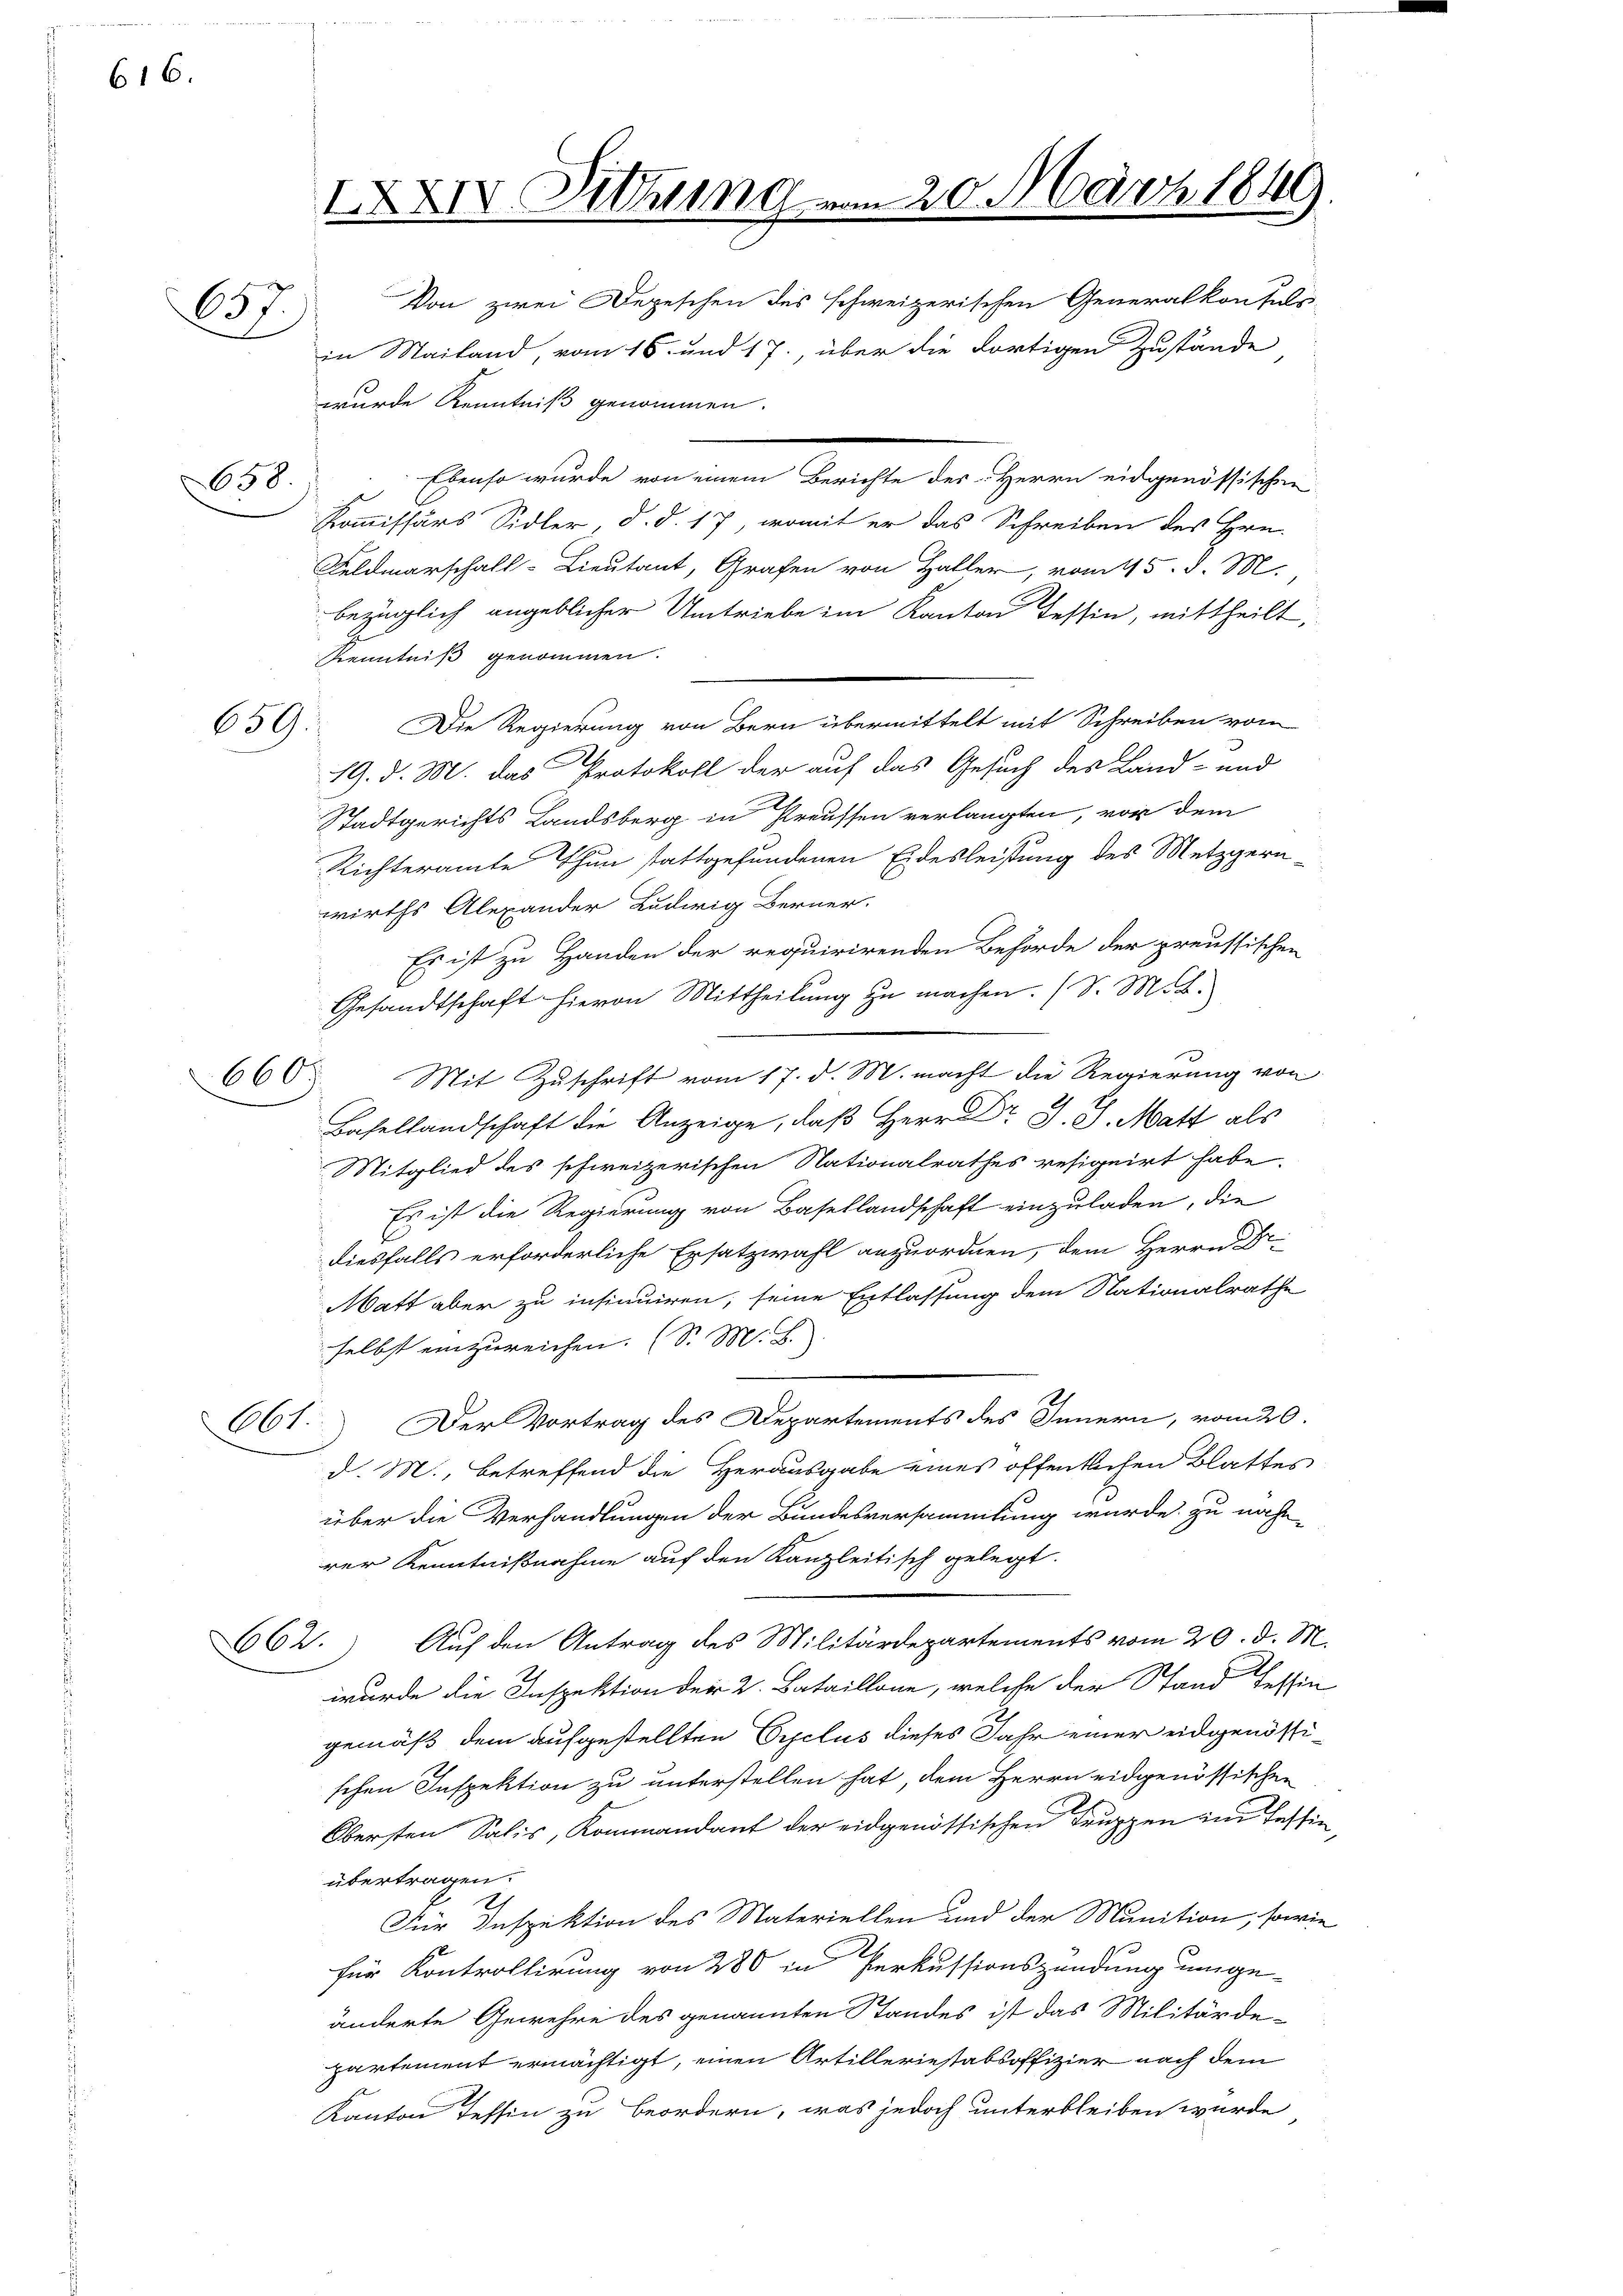
616.

657.

658.

659.

660.

IXXIV Dittung vom 20. März 1849.
Von zwei Depeschen des schweizerischen Generalkonfels-

in Mailand, vom 16. und 17., über die dortigen Zustände
wurde Kenntniß genommen.
Ebenso wurde von einem Berichte des Herrn eidgenössischen
Kommissärs Sidler, d. d. 17, womit er das Schreiben des Hrn.
Feldmarschall-Lieutant, Grafen von Haller, vom 15. d. M.,
bezüglich angeblicher Umtriebe im Kanton Tessin, mittheilt,
Kenntniß genommen.
Die Regierung von Bern übermittelt mit Schreiben vom
19. d. M. das Protokoll der auf das Gesuch des Land- und
Stadtgerichts Landsberg in Preussen verlangten, von dem
Richteramte Thun stattgefundenen Eidesleistung des Metzgern-
wirths Alexander Luderig Berner.
Es ist zu Handen der requirirenden Behörde der preussischen
Gesandtschaft hievon Mittheilŭng zu machen. (S. M. B.
Mit Zuschrift vom 17. d. M. macht die Regierung von
Basellandschaft die Anzeige, daß Herr Dr J. J. Matt als
Mitglied des schweizerischen Nationalrathes resignirt habe.
Es ist die Regierung von Basellandschaft einzuladen, die
diesfalls erforderliche Ersatzwahl anzuordnen, dem Herrn Dr.
Matt aber zu insinuiren, seine Entlassung dem Nationalrathe
selbst einzureichen. (S. M. B.
Der Vortrag des Departements des Innern, vom 20.
Abt.
d. M., betreffend die Herausgabe eines öffentlichen Blattes
über die Verhandlungen der Bundesversammlung wurde zu nähe
rer Kenntnißnahme auf den Kanzleitisch gelegt.
662. Auf den Antrag des Militärdepartements vom 20. d. M.
wurde die Inspektion der 2. Bataillone, welche der Stand fessin
gemäß dem aufgestellten Cyclus dieses Jahr einer eidgenössischen Inspektion zu unterstellen hat, dem Herrn eidgenössischen
Obersten Salis, Kommandant der eidgenössischen Truppen im Tessin,
übertragen.
Für Inspektion des Materiellen und der Munition, sowie
für Kontrollirung von 280 in Perkussionszendung umge-
änderte Gewehre des genannten Standes ist das Militärde-
partement ermächtigt, einen Artilleriestabsoffizier nach dem
Kanton Tessin zu beordern, was jedoch unterbleiben wurde